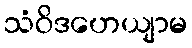
သံဝိဒဟေယျာမ